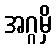
အဂ္ဂမှိ